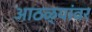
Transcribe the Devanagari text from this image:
आठळ्यांवर